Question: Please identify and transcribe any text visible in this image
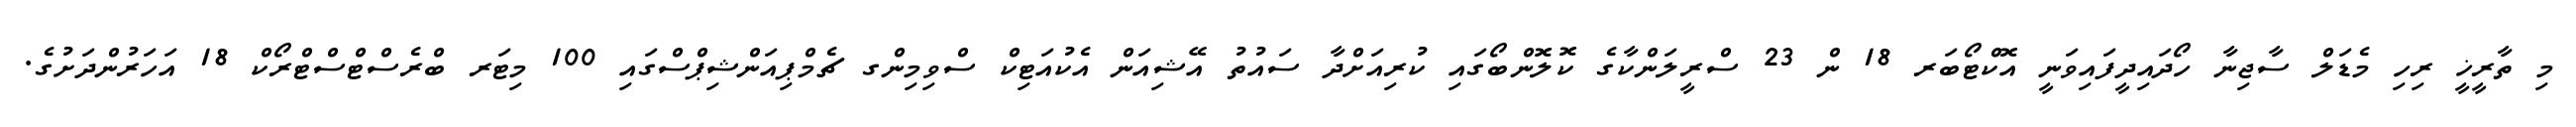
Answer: މި ތާރީޚީ ރިހި މެޑަލް ސާޖިނާ ހޯދައިދީފައިވަނީ އޮކްޓޯބަރ 18 ން 23 ސްރީލަންކާގެ ކޮލޮންބޯގައި ކުރިއަށްދާ ސައުތު އޭޝިއަން އެކުއަޓިކް ސްވިމިންގ ޗެމްޕިއަންޝިޕްސްގައި 100 މިޓަރ ބްރެސްޓްސްޓްރޯކް 18 އަހަރުންދަށުގެ.